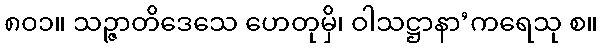
၈၀၁။ သဉ္ဇာတိဒေသေ ဟေတုမှိ၊ ဝါသဋ္ဌာနာ’ကရေသု စ။